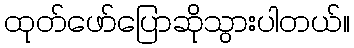
ထုတ်ဖော်ပြောဆိုသွားပါတယ်။